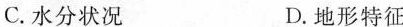
C.水分状况 D.地形特征